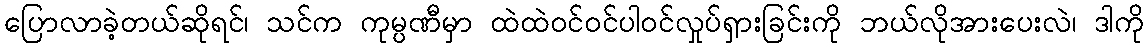
ပြောလာခဲ့တယ်ဆိုရင်၊ သင်က ကုမ္ပဏီမှာ ထဲထဲဝင်ဝင်ပါဝင်လှုပ်ရှားခြင်းကို ဘယ်လိုအားပေးလဲ၊ ဒါကို